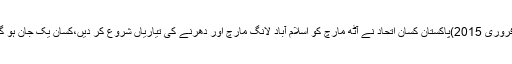
26 فروری 2015)پاکستان کسان اتحاد نے آٹھ مارچ کو اسلام آباد لانگ مارچ اور دھرنے کی تیاریاں شروع کر دیں،کسان یک جان ہو گئے ۔